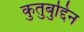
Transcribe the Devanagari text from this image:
कुतुबुद्दिन